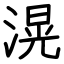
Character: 滉